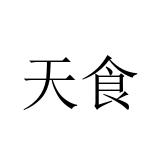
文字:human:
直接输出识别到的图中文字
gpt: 天食